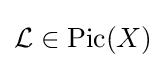
{\mathcal {L}}\in \operatorname {Pic} (X)